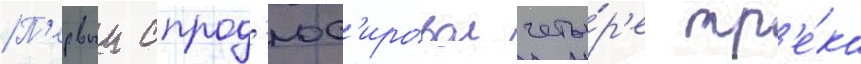
П'ервыи спрод'юс'ировал четы́р'е тр'е́ка